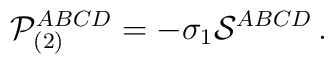
{\cal P}_{(2)}^{ABCD} = -\sigma_1{\cal S}^{ABCD}\,.